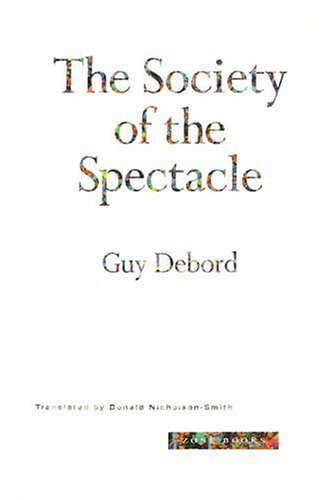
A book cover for The Society of the Spectacle; Guy Debord; Politics & Social Sciences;